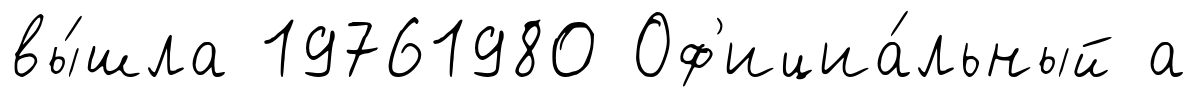
вы́шла 19761980 Оф'ициа́льный а